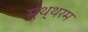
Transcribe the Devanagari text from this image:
मुथ्थरम